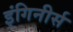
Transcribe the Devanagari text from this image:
इंगिनीर्स